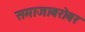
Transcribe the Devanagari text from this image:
समाजाबरोबर